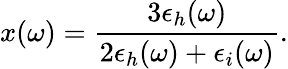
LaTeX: x(\omega)=\frac{3\epsilon_{h}(\omega)}{2\epsilon_{h}(\omega)+\epsilon_{i}(\omega)}.